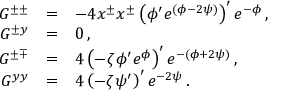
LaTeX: \begin{array} { r c l } { { G ^ { \pm \pm } } } & { { = } } & { { - 4 x ^ { \pm } x ^ { \pm } \left( \phi ^ { \prime } e ^ { ( \phi - 2 \psi ) } \right) ^ { \prime } e ^ { - \phi } \, , } } \\ { { G ^ { \pm y } } } & { { = } } & { { 0 \, , } } \\ { { G ^ { \pm \mp } } } & { { = } } & { { 4 \left( - \zeta \phi ^ { \prime } e ^ { \phi } \right) ^ { \prime } e ^ { - ( \phi + 2 \psi ) } \, , } } \\ { { G ^ { y y } } } & { { = } } & { { 4 \left( - \zeta \psi ^ { \prime } \right) ^ { \prime } e ^ { - 2 \psi } \, . } } \end{array}